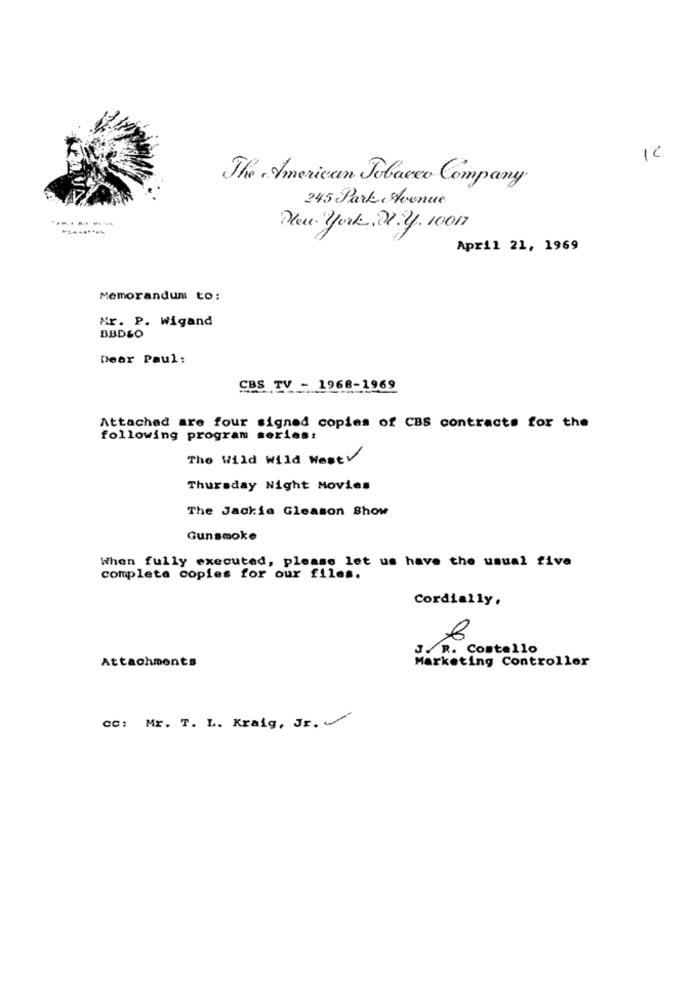
1C
The American Tobacco Company
245 Park Avenue
Theu york, 21.2. 10017
April 21, 1969
Memorandum to:
Mr. P. Wigand
BBD&O
Dear Paul:
CBS TV - 1968-1969
Attached are four signed copies of CBS contracts for the
following program series:
The Wild Wild Westy
Thursday Night Movies
The Jackie Gleason Show
Gunsmoke
When fully executed, please let us have the usual five
completa copies for our files.
Cordially.
J. R. Costello
Attachments
Marketing Controller
cc: Mr. T. L. Kraig, Jr.